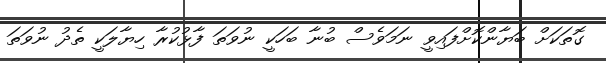
ގޮތަކަށް ބަޔާންކޮށްފައިވީ ނަމަވެސް ބުނާ ބަހަކީ ނުވަތަ ފާޅުކުރާ ހިޔާލަކީ ތެދު ނުވަތަ